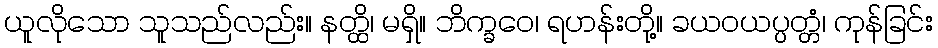
ယူလိုသော သူသည်လည်း။ နတ္ထိ၊ မရှိ။ ဘိက္ခဝေ၊ ရဟန်းတို့။ ခယဝယပ္ပတ္တံ၊ ကုန်ခြင်း